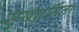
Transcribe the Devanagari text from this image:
सुखधर्मिता